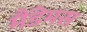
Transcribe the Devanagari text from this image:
मैंडेमस